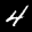
Label: 4